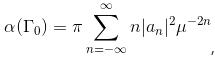
$\alpha(\Gamma_0)=\pi\sum_{n=-\infty}^{\infty}n|a_n|^2\mu^{-2n}$